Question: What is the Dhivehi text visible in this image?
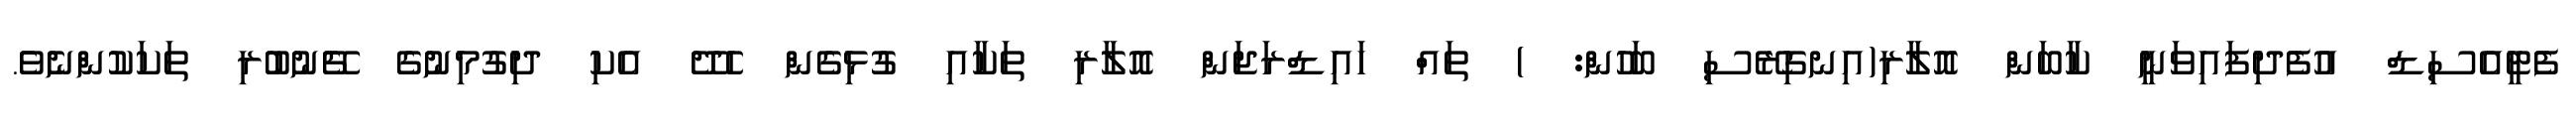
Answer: ފެޓީއެސިޑް އުފެދިފައިވަނީ ކާބަން އޮލާރި(އިނގިރޭސި ބަހުން: ) ތައް ހައިޑްރަޖަން އޮލާރި ތަކާއި ގުޅިގެން ހެދޭ އެކި ދިގުމިނުގެ ޗޭނުބުރި ތަކަކުންނެވެ.